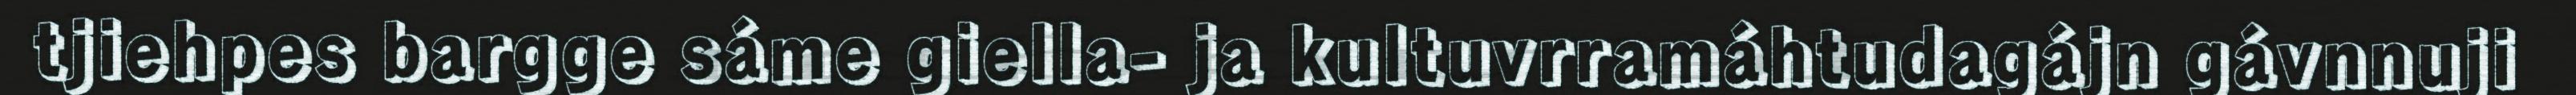
tjiehpes bargge sáme giella- ja kultuvrramáhtudagájn gávnnuji